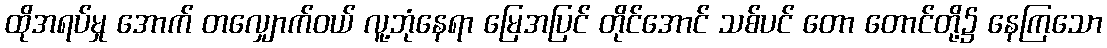
ထိုအရပ်မှု အောက် တလျှောက်ဝယ် လူ့ဘုံနေရာ မြေအပြင် တိုင်အောင် သစ်ပင် တော တောင်တို့၌ နေကြသော